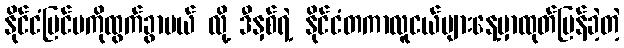
နိုင်ငံပြင်ပကိုထွက်ခွာမယ် လို့ ဒီနှစ်ရဲ့ နိုင်ငံတကာလူငယ်များနေ့မှာထုတ်ပြန်ခဲ့တဲ့